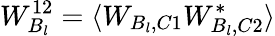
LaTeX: W_{B_{l}}^{12}=\langle W_{B_{l},C1}W_{B_{l},C2}^{*}\rangle